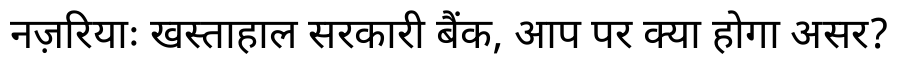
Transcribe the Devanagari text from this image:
नज़रियाः खस्ताहाल सरकारी बैंक, आप पर क्या होगा असर?